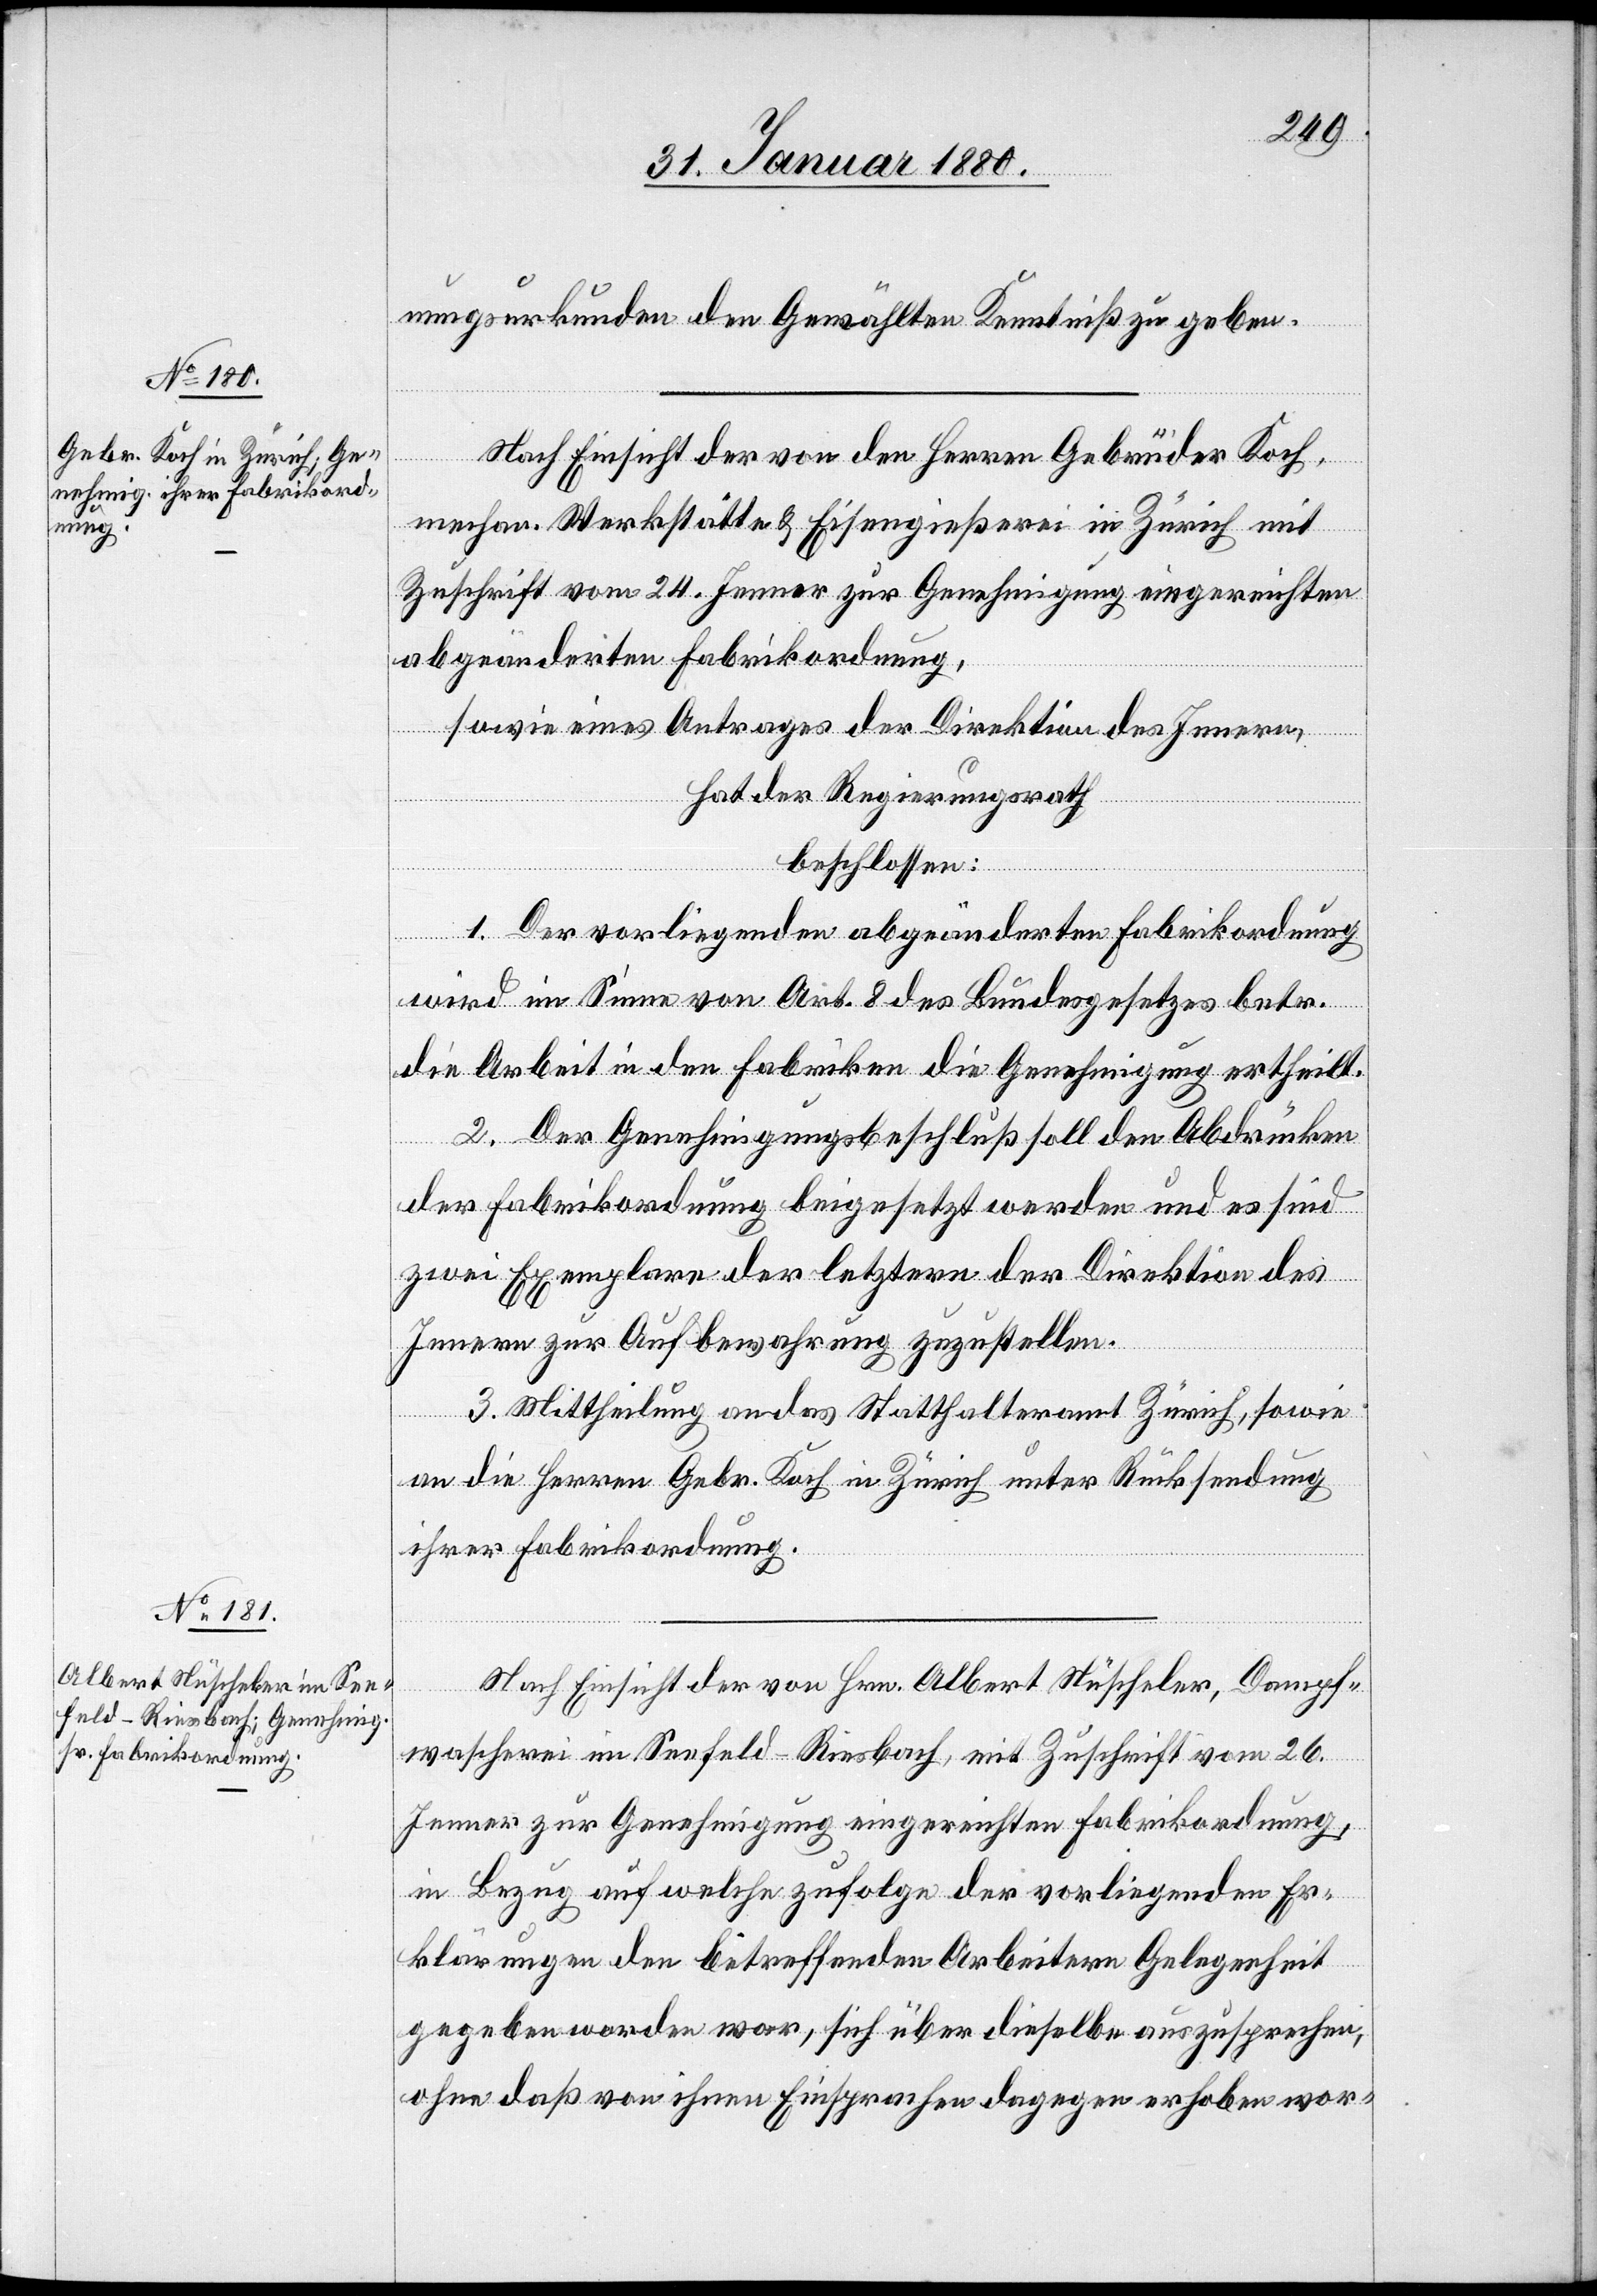
nungsurkunden den Gewählten Kenntniß zu geben.
Nach Einsicht der von den Herren Gebrüder Koch,
mechan. Werkstätte & Eisengießerei in Zürich mit
Zuschrift vom 24. Jenner zur Genehmigung eingereichten
abgeänderten Fabrikordnung,
sowie eines Antrages der Direktion des Innern,
hat der Regierungsrath
beschlossen:
1. Der vorliegenden abgeänderten Fabrikordnung
wird im Sinne von Art. 8 des Bundesgesetzes betr.
die Arbeit in den Fabriken die Genehmigung ertheilt.
2. Der Genehmigungsbeschluß soll den Abdrücken
der Fabrikordnung beigesetzt werden und es sind
zwei Exemplare der letztern der Direktion des
Innern zur Aufbewahrung zuzustellen.
3. Mittheilung an das Statthalteramt Zürich, sowie
an die Herren Gebr. Koch in Zürich unter Rücksendung
ihrer Fabrikordnung.
Nach Einsicht der von Hrn. Albert Nüscheler, Dampf¬
wascherei im Seefeld - Riesbach, mit Zuschrift vom 26.
Jenner zur Genehmigung eingereichten Fabrikordnung,
in Bezug auf welche zufolge der vorliegenden Er¬
klärungen den betreffenden Arbeitern Gelegenheit
gegeben worden war, sich über dieselbe auszusprechen,
ohne daß von ihnen Einsprachen dagegen erhoben wor-